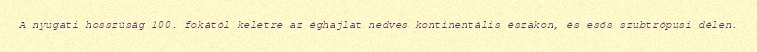
A nyugati hosszúság 100. fokától keletre az éghajlat nedves kontinentális északon, és esős szubtrópusi délen.